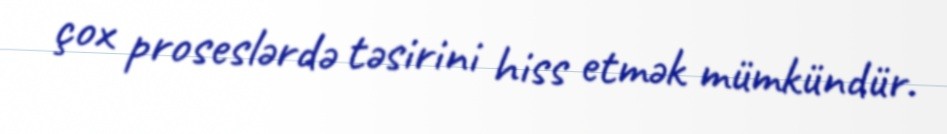
çox proseslərdə təsirini hiss etmək mümkündür.